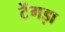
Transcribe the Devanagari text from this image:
टेंगड़ा